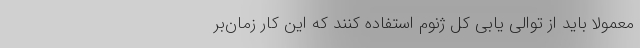
معمولا باید از توالی یابی کل ژنوم استفاده کنند که این کار زمان‌بر